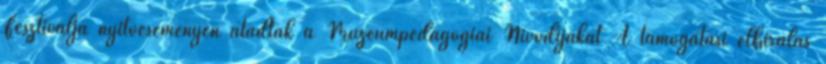
Fesztiválja nyitóeseményén átadták a Múzeumpedagógiai Nívódíjakat A támogatási elbírálás